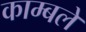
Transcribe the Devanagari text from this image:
काम्बले